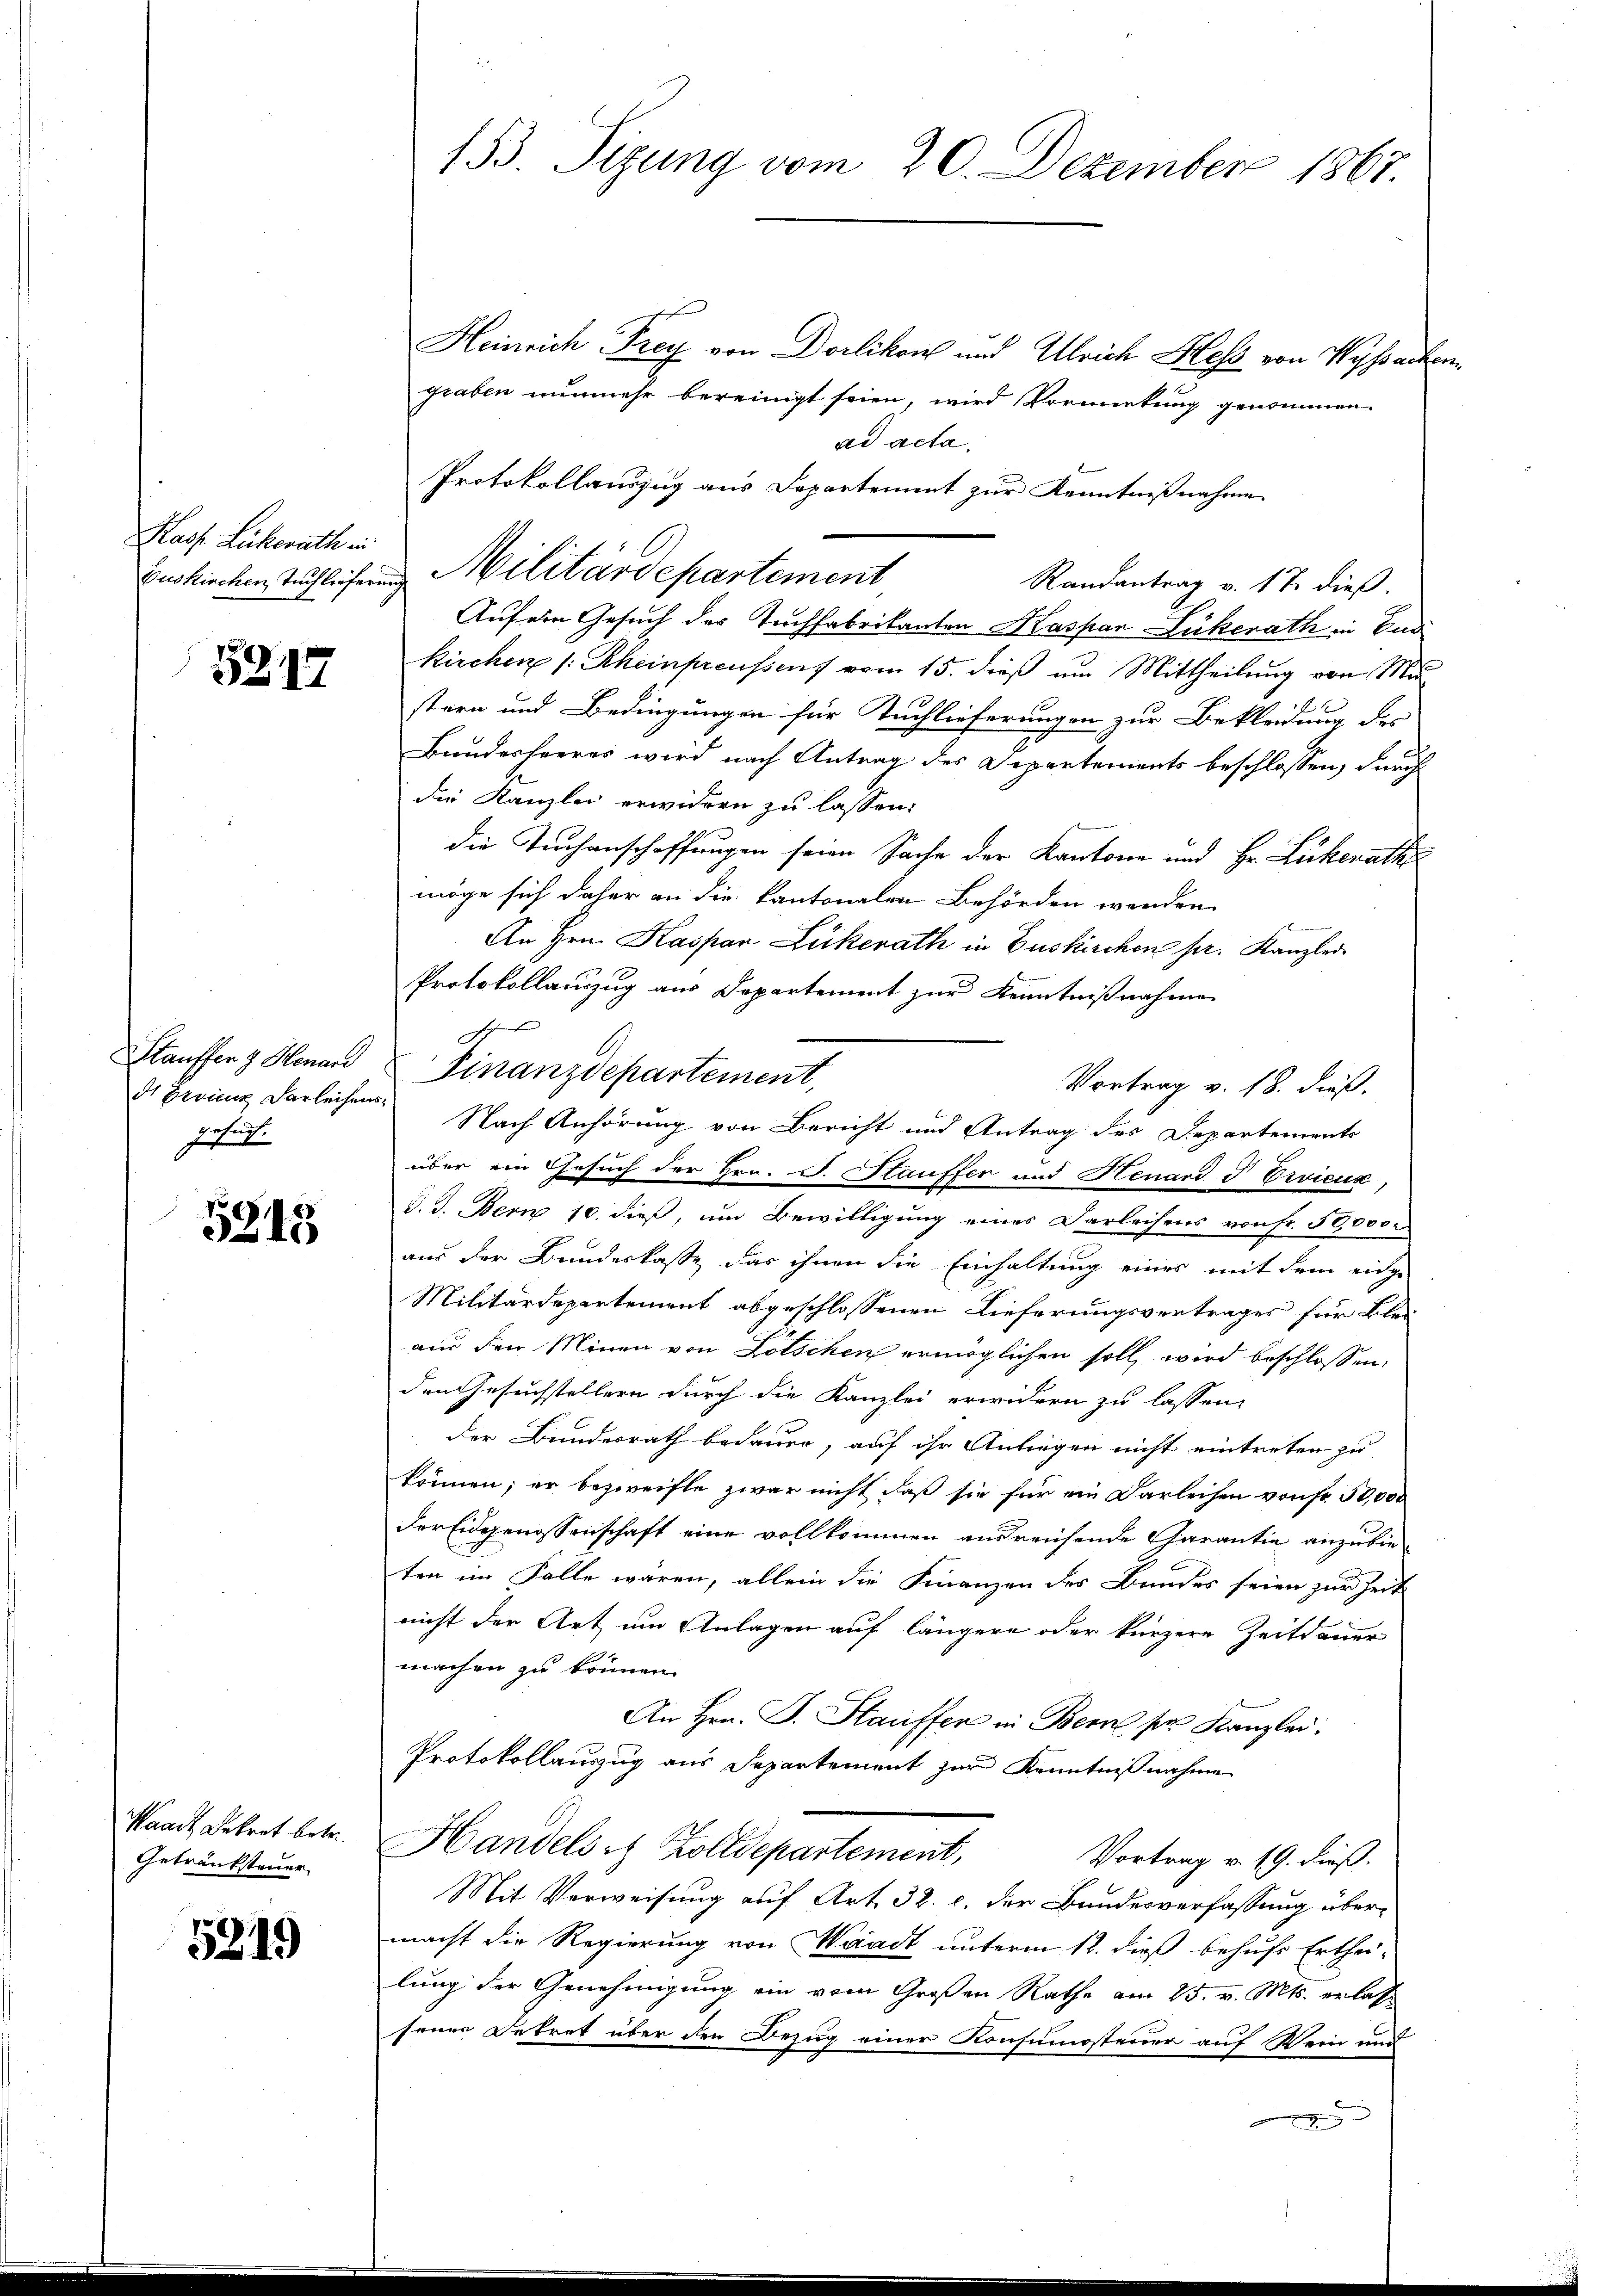
Pass. Luckerath in

5217

d Erricz Vorleihensgesandt.

5315

Waadt Dekret betr.
Getränksteuer

5219

153 Sizung vom 20. Dezember 1867.

Heinrich Frey von Dorlikon und Ulrich Hess von Wyssache
staben nunmehr bereinigt seien, wird Vormietung genommen.
Randantrag v. 17. dieß.
Auf ein Gesuch der Tuchfabrikanten Kaspar Lückerath in Indi
kirchen /: Rheinpreussens vom 15. dieß um Mittheilung von Mustern und Bedingungen für Tuchlieferungen zur Bekleidung des
Bundesheeres wird nach Antrag des Departements beschlossen, durch
die Kanzlei erwidern zu lassen:
die Tuchenschaffungen seine Sache der Kantone und Hr. Liberath
möge sich daher an die kantonalen Behörden werden
An Hrn. Kaspar Lückerath in Duskirchen pr. Kanzler
Protokollauszug aus Departement zur Kenntnißnahme
g
Stauffen & Henard Finanzdepartement,
Vortrag v. 18. dieß.
über ein Gesuch der Hrn. J. Stauffer und Henard & Ervieux,
d. d. Bern 10. dieß, um Bewilligung eines Darleihens von Fr. 50,000.
aus der Bundeskasse das ihnen die Einhaltung eines mit dem eidge
Militärdepertement abgeschlossenen Lieferungsvertrages für klei-
aus den Minen von Lötschen ermöglichen soll wird beschlossen,
den Gesuchstellern durch die Kanzlei erwidern zu lassen,
der Bundesrath bedauer, auf ihr Anliegen nicht eintreten zu
können; er bezweifle zwar nicht daß sie für ein Darleisen von so 50000
der Eidgenossenschaft eine vollkommen ausreichende Garantie anzubieten im Falle waren, allein die Finanzen des Bundes seien zur Zeit
nicht der Art um Anlagen auf längere oder kürzere Zeitdauer
machen zu können.
An Hrn. F. Stauffer in Bern per Kanzlei.
Protokollauszug aus Departement zur Kenntnißnahme
Handels es Zolldepartement,
Vortrag v. 19. dieß.
Mit Verweisung auf Art. 32. c. der Bandesverfassung übermacht die Regierung von Waadt unterm 12. dieß behufs Erthei-
lung der Genehmigung ein vom Großen Rathe am 25. v. Mts. erlasse
sener Betret über den Bezug einer Konsumosteuer auf Wein und

ad acta,
Protokollauszug aus Departement zur Kenntnißnahme
Enskirchen Zuflicherung Militärdepartement

Nach Anhörung von Bericht und Antrag des Departements